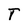
Character: T